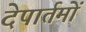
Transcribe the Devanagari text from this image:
देपार्तमों